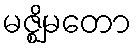
မဇ္ဈိမတော